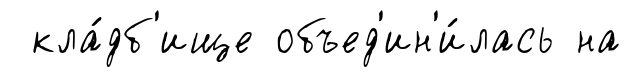
кла́дб'ище объед'ин'и́лась на